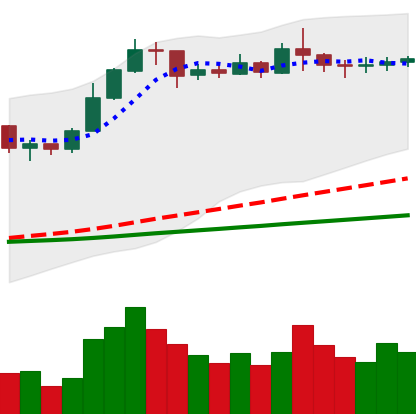
Ticker: ETC-USD
Chart end date: 2020-02-11
Forward return: -19.352%
Label: down_7plus